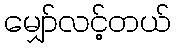
မျှော်လင့်တယ်